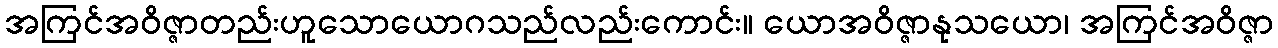
အကြင်အဝိဇ္ဇာတည်းဟူသောယောဂသည်လည်းကောင်း။ ယောအဝိဇ္ဇာနုသယော၊ အကြင်အဝိဇ္ဇာ